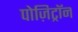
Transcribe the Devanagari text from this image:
पोज़िट्रॉन